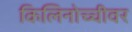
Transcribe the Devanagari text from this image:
किलिनोच्चीवर